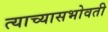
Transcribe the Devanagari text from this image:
त्याच्यासभोवती